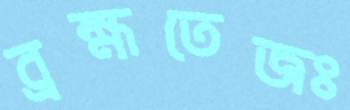
ব্রহ্মতেজঃ